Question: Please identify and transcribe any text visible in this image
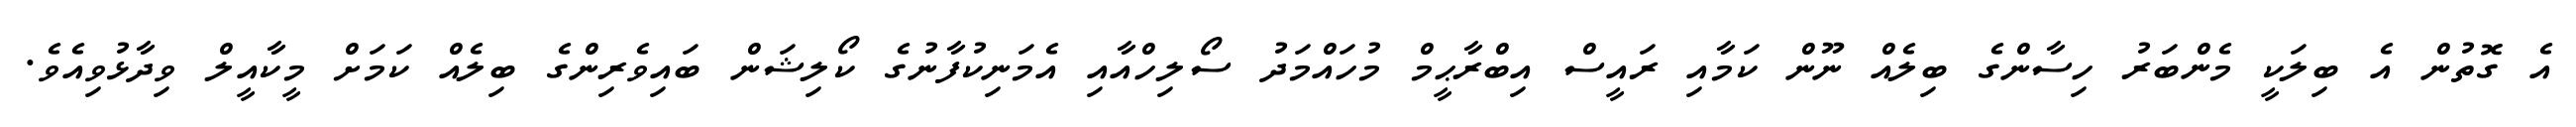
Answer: އެ ގޮތުން އެ ބިލަކީ މެންބަރު ހިސާންގެ ބިލެއް ނޫން ކަމާއި ރައީސް އިބްރާޙީމް މުހައްމަދު ސޯލިހްއާއި އެމަނިކުފާނުގެ ކޯލިޝަން ބައިވެރިންގެ ބިލެއް ކަމަށް މީކާއީލް ވިދާޅުވިއެވެ.